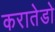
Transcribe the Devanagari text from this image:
करातेडो